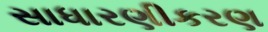
સાધારણીકરણ